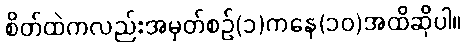
စိတ်ထဲကလည်းအမှတ်စဉ်(၁)ကနေ(၁၀)အထိဆိုပါ။